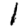
Digit: 1